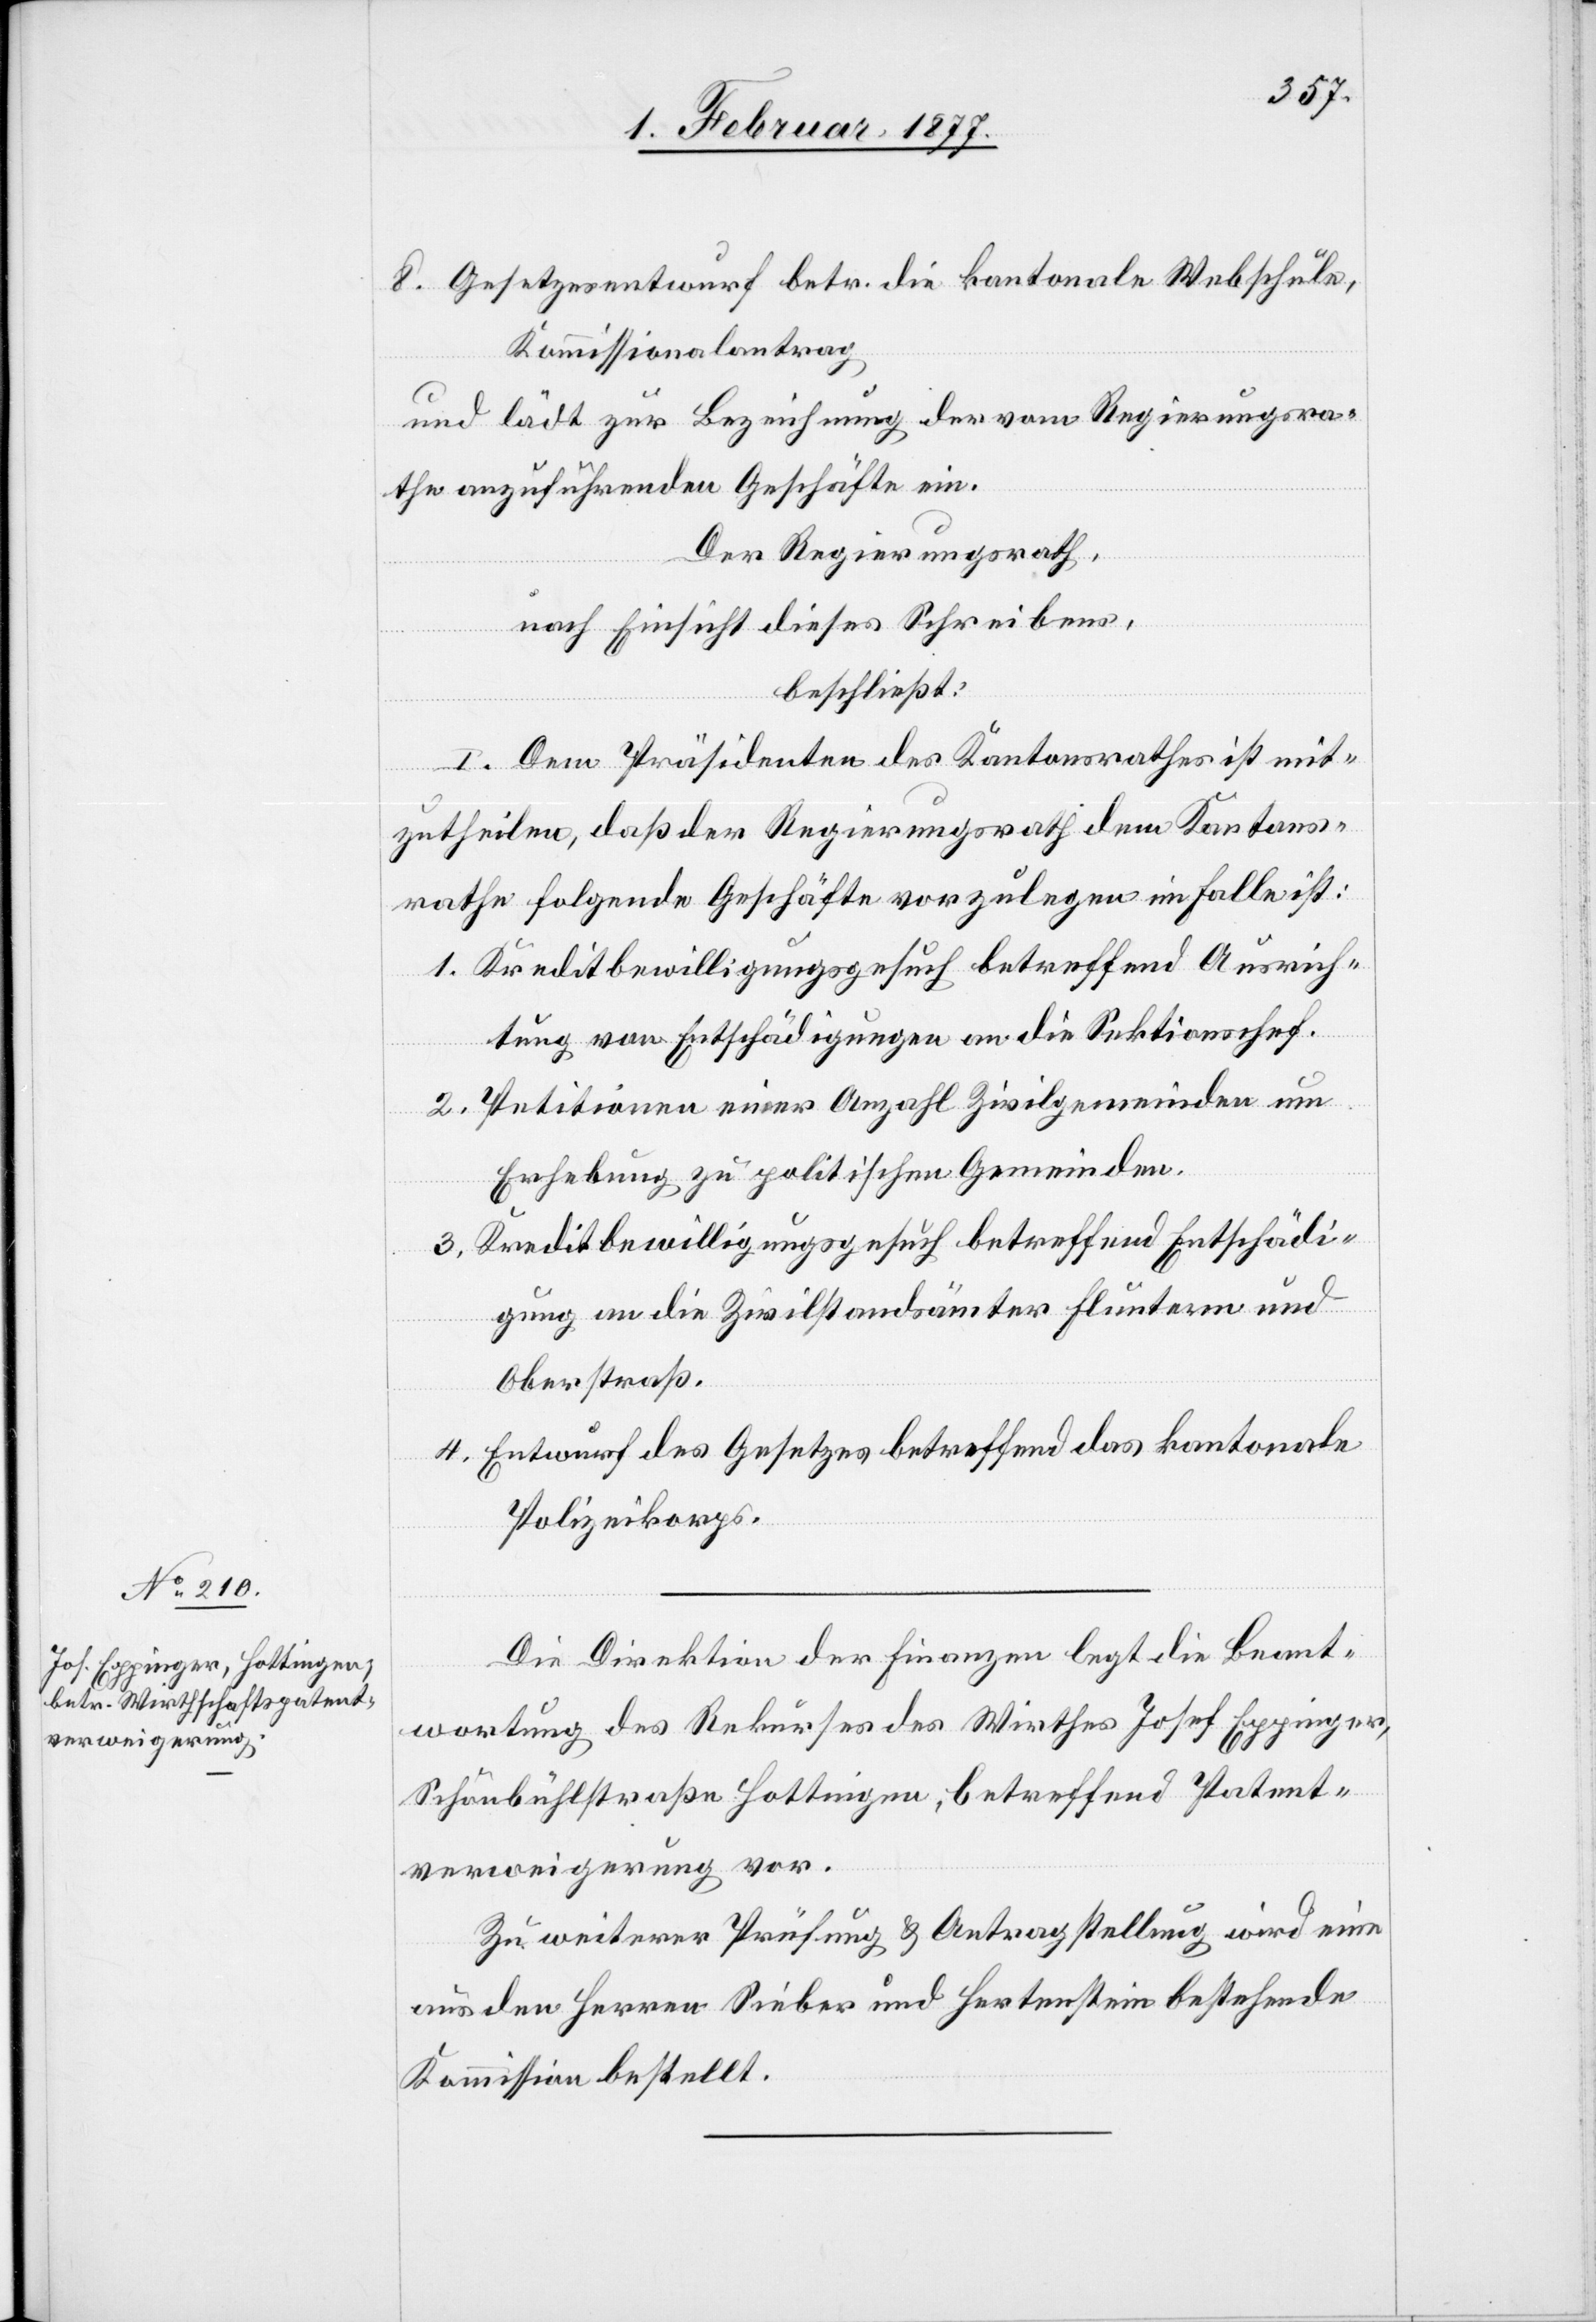
8. Gesetzesentwurf betr. die kantonale Webschule,
Kommissionalantrag
und lädt zur Bezeichnung der vom Regierungsra¬
the anzuführenden Geschäfte ein.
Der Regierungsrath,
nach Einsicht dieses Schreibens,
beschließt:
I. Dem Präsidenten des Kantonsrathes ist mit¬
zutheilen, daß der Regierungsrath dem Kantons¬
rathe folgende Geschäfte vorzulegen im Falle ist:
1. Kreditbewilligungsgesuch betreffend Ausrich¬
tung von Entschädigungen an die Sektionschef.
2. Petitionen einer Anzahl Zivilgemeinden um
Erhebung zu politischen Gemeinden.
3. Kreditbewilligungsgesuch betreffend Entschädi¬
gungen an die Zivilstandsämter Fluntern und
Oberstraß.
4. Entwurf des Gesetzes betreffend das kantonale
Polizeikorps.
Die Direktion der Finanzen legt die Beant¬
wortung des Rekurses des Wirthes Josef Eppinger,
Schaubühlstraße Hottingen, betreffend Patent¬
verweigerung vor.
Zu weiterer Prüfung & Antragstellung wird eine
aus den Herren Sieber und Hartenstein bestehende
Kommission bestellt.